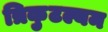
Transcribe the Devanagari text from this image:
त्रिकुटल्यम